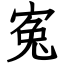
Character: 寃